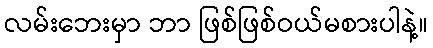
လမ်းဘေးမှာ ဘာ ဖြစ်ဖြစ်ဝယ်မစားပါနဲ့။